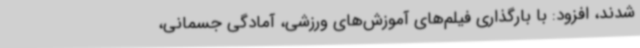
شدند، افزود: با بارگذاری فیلم‌های آموزش‌های ورزشی، آمادگی جسمانی،